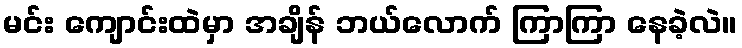
မင်း ကျောင်းထဲမှာ အချိန် ဘယ်လောက် ကြာကြာ နေခဲ့လဲ။